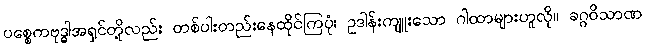
ပစ္စေကဗုဒ္ဓါအရှင်တို့လည်း တစ်ပါးတည်းနေထိုင်ကြပုံ၊ ဥဒါန်းကျူးသော ဂါထာများဟူလို။ ခဂ္ဂဝိသာဏ